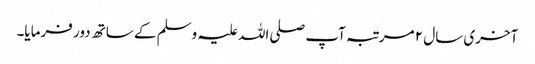
آخری سال ۲ مرتبہ آپ صلی اللہ علیہ وسلم کے ساتھ دور فرمایا۔